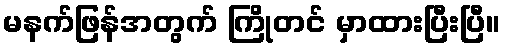
မနက်ဖြန်အတွက် ကြိုတင် မှာထားပြီးပြီ။